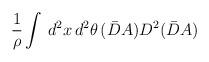
LaTeX: \begin{align*}\frac{1}{\rho} \int \, d^2x \, d^2 \theta \, (\bar{D} A)D^2 (\bar{D}A)\end{align*}